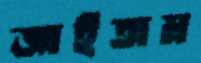
জাইতাম